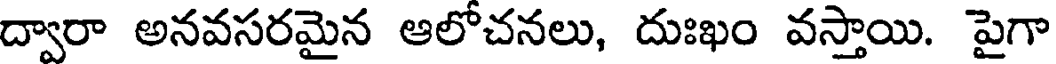
ద్వారా అనవసరమైన ఆలోచనలు, దుఃఖం వస్తాయి. పైగా